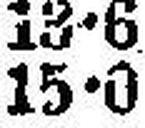
15•0